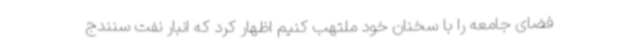
فضای جامعه را با سخنان خود ملتهب کنیم اظهار کرد که انبار نفت سنندج